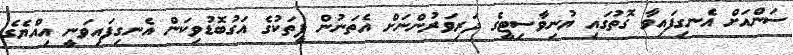
ސަންއަށް އެނގިފައިވާ ގޮތުގައި ޔުނިވާސިޓީގެ ދަރިވަރުންނަށް އެތަނުން ފީތަކުގެ އަގުބޮޑުވިކަން އެނގިފައިވަނީ އިއްޔެގެ